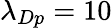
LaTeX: \lambda_{Dp}=10